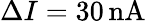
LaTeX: \Delta I=30\, \mathrm{nA}